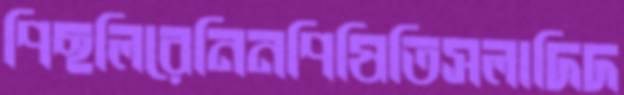
পিছলিরেনিনপিষিতিসলাদিদ